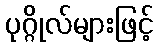
ပုဂ္ဂိုလ်များဖြင့်